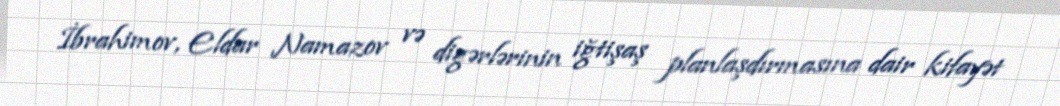
İbrahimov, Eldar Namazov və digərlərinin iğtişaş planlaşdırmasına dair kifayət